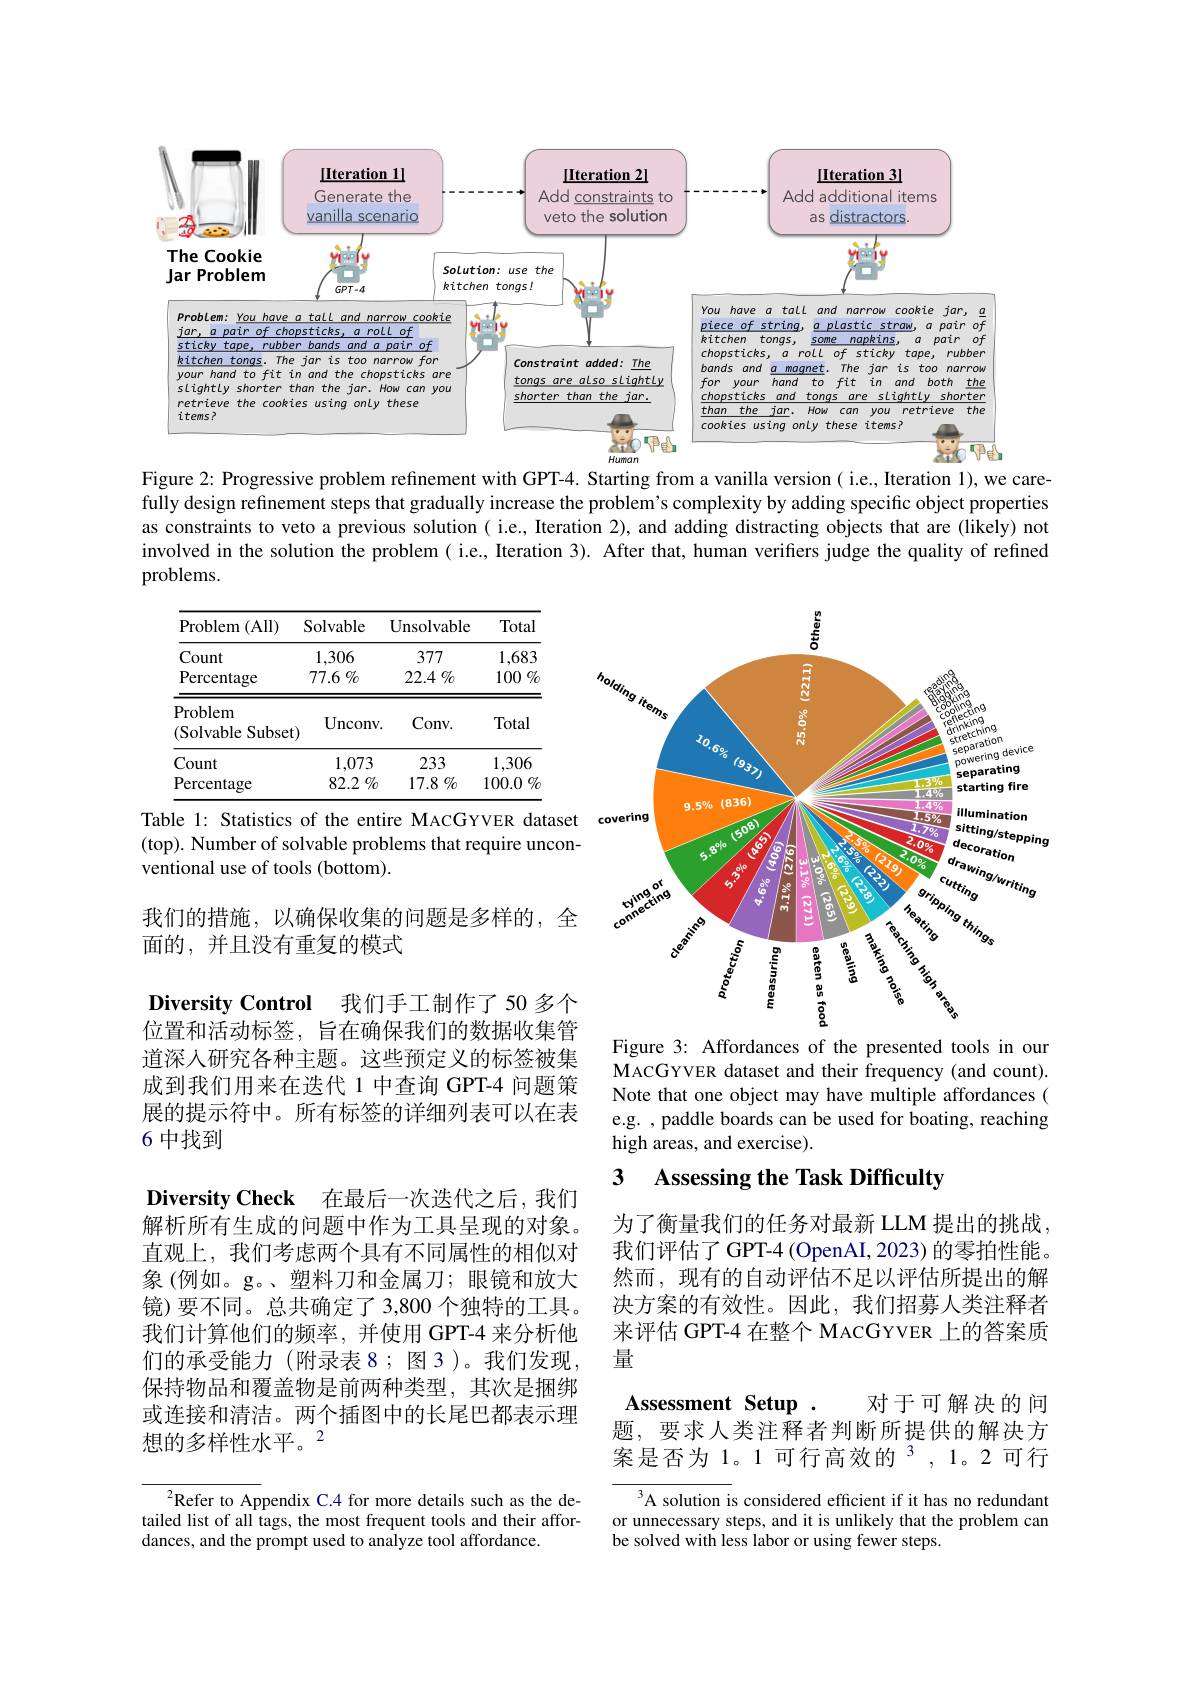
<FigureHere>

Figure 2: Progressive problem refinement with GPT-4. Starting from a vanilla version ( i.e., Iteration 1), we carefully design refinement steps that gradually increase the problem's complexity by adding specific object properties as constraints to veto a previous solution ( i.e., Iteration 2), and adding distracting objects that are (likely) not involved in the solution the problem ( i.e., Iteration 3). After that, human verifiers judge the quality of refined problems.

<table>
	<tbody>
		<tr>
			<th>$\operatorname{Problem}$ (All)</th>
			<th>Solvable</th>
			<th>${\mathrm{Unsolvable}}$</th>
			<th>Total</th>
		</tr>
		<tr>
			<td>Count</td>
			<td>1,306</td>
			<td>377</td>
			<td>1,683</td>
		</tr>
		<tr>
			<td>Percentage</td>
			<td>77.6 $\%$</td>
			<td>$22.4\%$</td>
			<td>$100\%$</td>
		</tr>
		<tr>
			<td>Problem (Solvable Subset</td>
			<td>Unconv</td>
			<td>Conv. </td>
			<td>Total</td>
		</tr>
		<tr>
			<td>Count</td>
			<td>1,073</td>
			<td>233</td>
			<td>1,306</td>
		</tr>
		<tr>
			<td>Percentage</td>
			<td>82.2 $\%$</td>
			<td>$17.8\%$</td>
			<td>100.0 $\%$</td>
		</tr>
	</tbody>
</table>
Table 1: Statistics of the entire MACGYVER dataset

<FigureHere>
Figure 3: Affordances of the presented tools in our

(top). Number of solvable problems that require uncon-
ventional use of tools (bottom).

我们的措施，以确保收集的问题是多样的，全
面的，并且没有重复的模式

Diversity Control 我们手工制作了50 多个位置和活动标签，旨在确保我们的数据收集管道深入研究各种主题。这些预定义的标签被集成到我们用来在迭代 1 中查询 GPT-4 问题策展的提示符中。所有标签的详细列表可以在表6 中找到

MACGYVER dataset and their frequency (and count). Note that one object may have multiple affordances ( e.g. , paddle boards can be used for boating, reaching high areas, and exercise).

## 3 Assessing the Task Difficulty

$\textbf{Diversity Check}$ 在最后一次迭代之后，我们解析所有生成的问题中作为工具呈现的对象。直观上，我们考虑两个具有不同属性的相似对象(例如。g。、塑料刀和金属刀；眼镜和放大镜)要不同。总共确定了 3,800 个独特的工具。我们计算他们的频率，并使用 GPT-4 来分析他们的承受能力(附录表8；图3)。我们发现， 保持物品和覆盖物是前两种类型，其次是捆绑或连接和清洁。两个插图中的长尾巴都表示理想的多样性水平。2

为了衡量我们的任务对最新 LLM 提出的挑战我们评估了GPT-4(OpenAI,2023)的零拍性能。然而，现有的自动评估不足以评估所提出的解决方案的有效性。因此，我们招募人类注释者来评估 GPT-4 在整个 MACGYVER 上的答案质量

$\textbf{Assessment}$ $\textbf{Setup}$ .
对于可解决的问
题，要求人类注释者判断所提供的解决方案是否为1。1可行高效的$^{3},1$。2可行

A solution is considered efficient if it has no redundant or unnecessary steps, and it is unlikely that the problem can be solved with less labor or using fewer steps.

$^2$Refer to Appendix C.4 for more details such as the detailed list of all tags, the most frequent tools and their affordances, and the prompt used to analyze tool affordance.